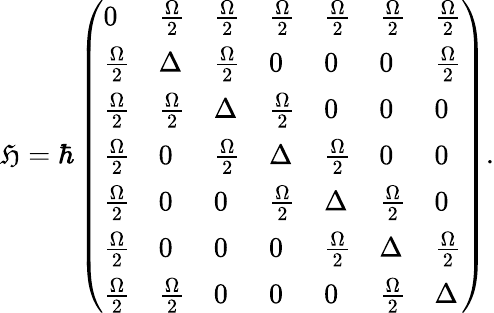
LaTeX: \mathfrak{H}=\hbar\left(\begin{array}{lllllll}{0}&{\frac{\Omega}{2}}&{\frac{\Omega}{2}}&{\frac{\Omega}{2}}&{\frac{\Omega}{2}}&{\frac{\Omega}{2}}&{\frac{\Omega}{2}}\\ {\frac{\Omega}{2}}&{\Delta}&{\frac{\Omega}{2}}&{0}&{0}&{0}&{\frac{\Omega}{2}}\\ {\frac{\Omega}{2}}&{\frac{\Omega}{2}}&{\Delta}&{\frac{\Omega}{2}}&{0}&{0}&{0}\\ {\frac{\Omega}{2}}&{0}&{\frac{\Omega}{2}}&{\Delta}&{\frac{\Omega}{2}}&{0}&{0}\\ {\frac{\Omega}{2}}&{0}&{0}&{\frac{\Omega}{2}}&{\Delta}&{\frac{\Omega}{2}}&{0}\\ {\frac{\Omega}{2}}&{0}&{0}&{0}&{\frac{\Omega}{2}}&{\Delta}&{\frac{\Omega}{2}}\\ {\frac{\Omega}{2}}&{\frac{\Omega}{2}}&{0}&{0}&{0}&{\frac{\Omega}{2}}&{\Delta}\end{array}\right).